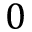
0